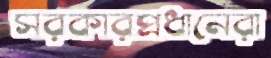
সরকারপ্রধানেরা